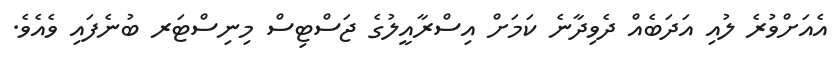
އެއަށްވުރެ ލުއި އަދަބެއް ދެވިދާނެ ކަމަށް އިސްރާއީލުގެ ޖަސްޓިސް މިނިސްޓަރ ބުނެފައި ވެއެވެ.